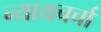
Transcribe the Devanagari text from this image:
न्यायचर्चा